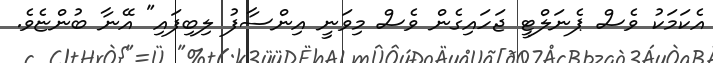
އެކަމަކު ވެސް ޕެނަލްޓީ ޖަހައިގެން ވެސް މިވަނީ އިންސާފު ލިބިފައި" އޭނާ ބުންޏެވެ.